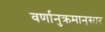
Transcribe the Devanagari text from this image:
वर्णानुक्रमानुसार